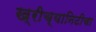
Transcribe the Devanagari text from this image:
ख्रीच्यानिटीचा